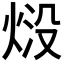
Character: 𭴱